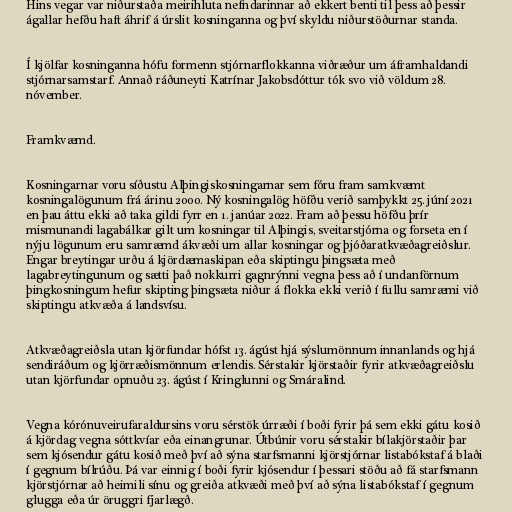
Hins vegar var niðurstaða meirihluta nefndarinnar að ekkert benti til þess að þessir
ágallar hefðu haft áhrif á úrslit kosninganna og því skyldu niðurstöðurnar standa.

Í kjölfar kosninganna hófu formenn stjórnarflokkanna viðræður um áframhaldandi
stjórnarsamstarf. Annað ráðuneyti Katrínar Jakobsdóttur tók svo við völdum 28.
nóvember.

Framkvæmd.

Kosningarnar voru síðustu Alþingiskosningarnar sem fóru fram samkvæmt
kosningalögunum frá árinu 2000. Ný kosningalög höfðu verið samþykkt 25. júní 2021
en þau áttu ekki að taka gildi fyrr en 1. janúar 2022. Fram að þessu höfðu þrír
mismunandi lagabálkar gilt um kosningar til Alþingis, sveitarstjórna og forseta en í
nýju lögunum eru samræmd ákvæði um allar kosningar og þjóðaratkvæðagreiðslur.
Engar breytingar urðu á kjördæmaskipan eða skiptingu þingsæta með
lagabreytingunum og sætti það nokkurri gagnrýnni vegna þess að í undanförnum
þingkosningum hefur skipting þingsæta niður á flokka ekki verið í fullu samræmi við
skiptingu atkvæða á landsvísu.

Atkvæðagreiðsla utan kjörfundar hófst 13. ágúst hjá sýslumönnum innanlands og hjá
sendiráðum og kjörræðismönnum erlendis. Sérstakir kjörstaðir fyrir atkvæðagreiðslu
utan kjörfundar opnuðu 23. ágúst í Kringlunni og Smáralind.

Vegna kórónuveirufaraldursins voru sérstök úrræði í boði fyrir þá sem ekki gátu kosið
á kjördag vegna sóttkvíar eða einangrunar. Útbúnir voru sérstakir bílakjörstaðir þar
sem kjósendur gátu kosið með því að sýna starfsmanni kjörstjórnar listabókstaf á blaði
í gegnum bílrúðu. Þá var einnig í boði fyrir kjósendur í þessari stöðu að fá starfsmann
kjörstjórnar að heimili sínu og greiða atkvæði með því að sýna listabókstaf í gegnum
glugga eða úr öruggri fjarlægð.